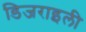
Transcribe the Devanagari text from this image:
डिजराइली